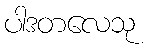
ပါဒတလေသု